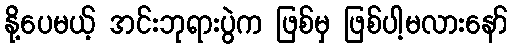
နို့ပေမယ့် အင်းဘုရားပွဲက ဖြစ်မှ ဖြစ်ပါ့မလားနော်